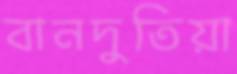
বানদুতিয়া